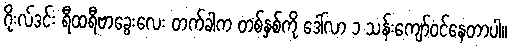
ဂိုးလ်ဒင်း ရီထရီဗာခွေးလေး တက်ခါက တစ်နှစ်ကို ဒေါ်လာ ၁ သန်းကျော်ဝင်နေတာပါ။